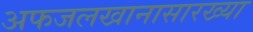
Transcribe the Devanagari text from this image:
अफजलखानासारख्या